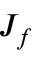
J _ { f }